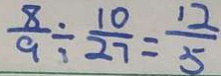
\frac { 8 } { 9 } \div \frac { 1 0 } { 2 7 } = \frac { 1 2 } { 5 }